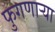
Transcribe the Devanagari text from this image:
फुगणार्‍या